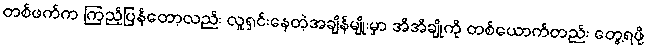
တစ်ဖက်က ကြည့်ပြန်တော့လည်း လူရှင်းနေတဲ့အချိန်မျိုးမှာ အိအိချိုကို တစ်ယောက်တည်း တွေ့ရဖို့